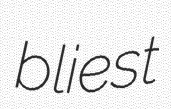
bliest